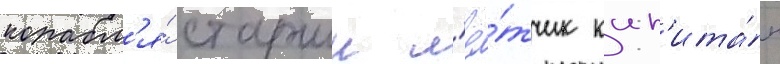
корабл'я́ старшии л'ё́тчик кап'ита́н